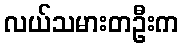
လယ်သမားတဦးက